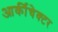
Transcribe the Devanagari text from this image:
आर्कीचेक्टर